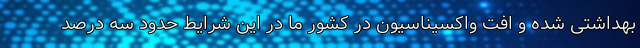
بهداشتی شده و افت واکسیناسیون در کشور ما در این شرایط حدود سه درصد